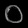
Digit: ၀